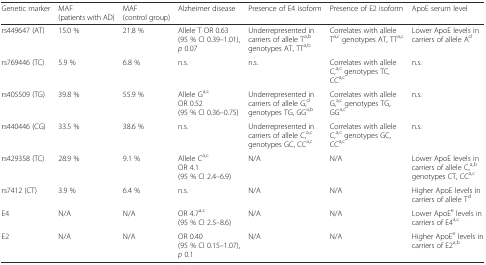
| Genetic marker | MAF (patients with AD) | MAF (control group) | Alzheimer disease | Presence of E4 isoform | Presence of E2 isoform | ApoE serum level |
 | --- | --- | --- | --- | --- | --- | --- |
 | rs449647 (AT) | 15.0 % | 21.8 % | Allele T OR 0.63 (95 % CI 0.39–1.01), p 0.07 | Underrepresented in carriers of allele Ta,b genotypes AT, TTa,b | Correlates with allele Ta,c genotypes AT, TTa,c | Lower ApoE levels in carriers of allele Ad |
 | rs769446 (TC) | 5.9 % | 6.8 % | n.s. | n.s. | Correlates with allele C,a,c genotypes TC, CCa,c | n.s. |
 | rs405509 (TG) | 39.8 % | 55.9 % | Allele Ga,cOR 0.52 (95 % CI 0.36–0.75) | Underrepresented in carriers of allele G,d genotypes TG, GGa,b | Correlates with allele G,a,c genotypes TG, GGa,c | n.s. |
 | rs440446 (CG) | 33.5 % | 38.6 % | n.s. | Underrepresented in carriers of allele C,a,c genotypes GC, CCa,c | Correlates with allele C,a,c genotypes GC, CCa,c | n.s. |
 | rs429358 (TC) | 28.9 % | 9.1 % | Allele Ca,cOR 4.1 (95 % CI 2.4–6.9) | N/A | N/A | Lower ApoE levels in carriers of allele C,a,b genotypes CT, CCa,c |
 | rs7412 (CT) | 3.9 % | 6.4 % | n.s. | N/A | N/A | Higher ApoE levels in carriers of allele Td |
 | E4 | N/A | N/A | OR 4.7a,c (95 % CI 2.5–8.6) | N/A | N/A | Lower ApoEe levels in carriers of E4a,c |
 | E2 | N/A | N/A | OR 0.40 (95 % CI 0.15–1.07), p 0.1 | N/A | N/A | Higher ApoEe levels in carriers of E2a,b |